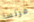
فرنسا